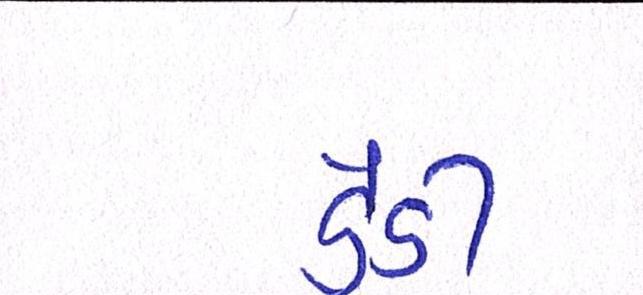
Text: ડેડી